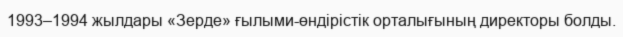
1993–1994 жылдары «Зерде» ғылыми-өндірістік орталығының директоры болды.